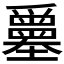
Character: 𡔅